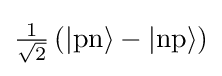
\textstyle {\frac {1}{\sqrt {2}}}\left(\vert \mathrm {pn} \rangle -\vert \mathrm {np} \rangle \right)